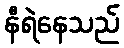
နီရဲနေသည်